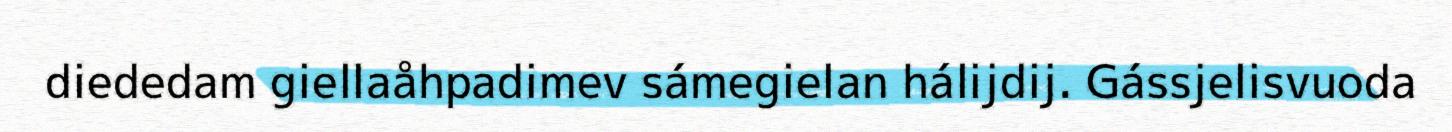
diededam giellaåhpadimev sámegielan hálijdij. Gássjelisvuoda